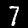
Digit: 7